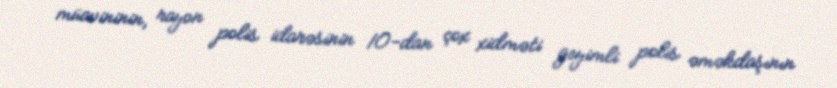
müavininin, rayon polis idarəsinin 10-dan çox xidməti geyimli polis əməkdaşının